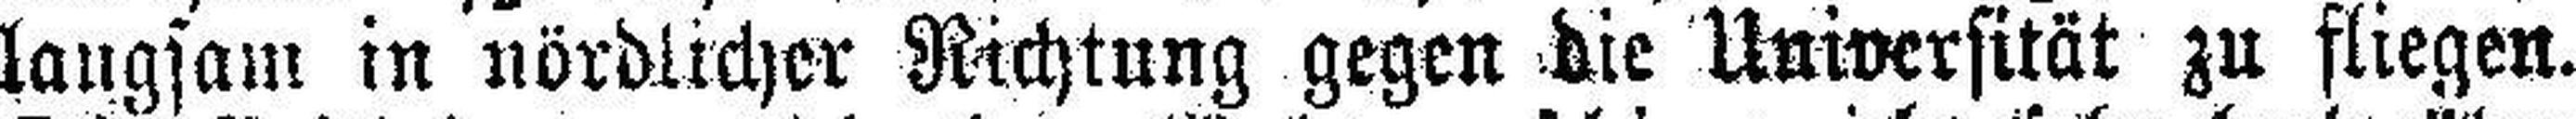
langsam in nördlicher Nichtung gegen die Universität zu fliegen.